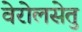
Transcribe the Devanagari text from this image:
वेरोलसेतु